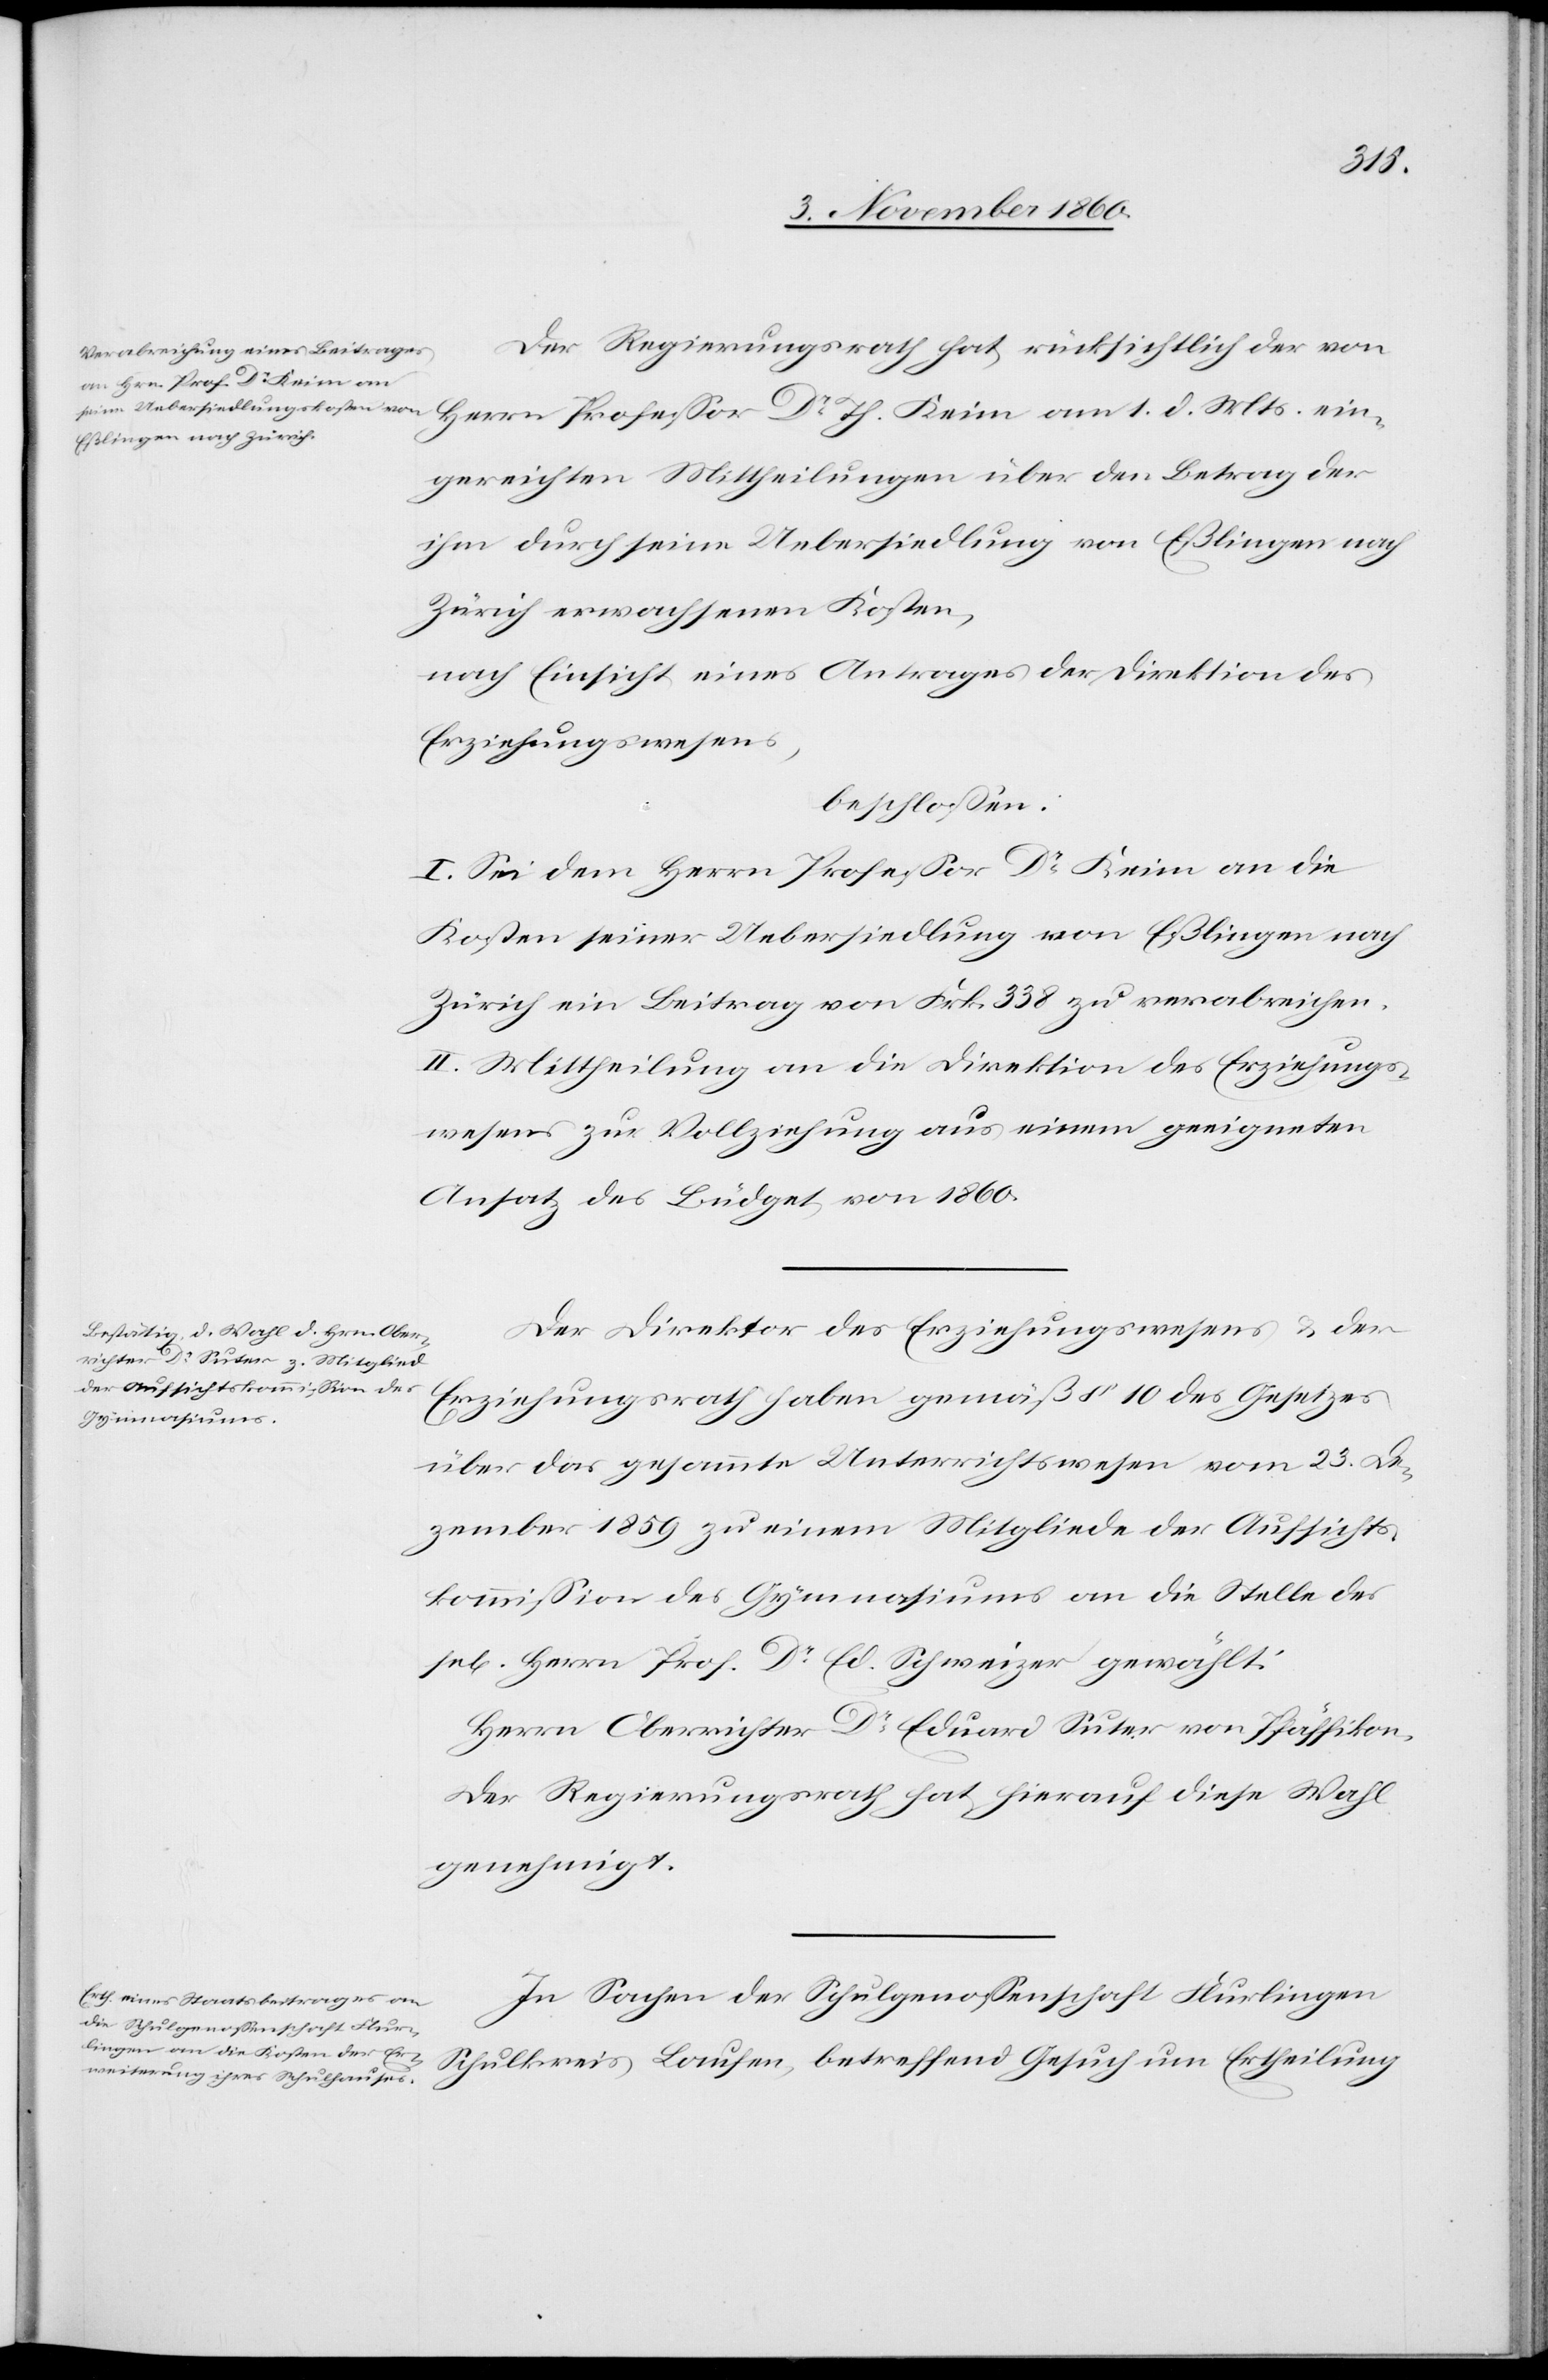
Der Regierungsrath hat, rücksichtlich der von
Herrn Professor Dr Th. Keim am 1. d. Mts. ein¬
gereichten Mittheilungen über den Betrag der
ihm durch seine Uebersiedlung von Eßlingen nach
Zürich erwachsenden Kosten,
nach Einsicht eines Antrages der Direktion des
Erziehungswesens,
beschlossen:
I. Sei dem Herrn Professor Dr Keim an die
Kosten seiner Uebersiedlung von Eßlingen nach
Zürich ein Beitrag von Frk. 338 zu verabreichen.
II. Mittheilung an die Direktion des Erziehungs¬
wesens zur Vollziehung aus einem geeigneten
Ansatz des Büdget von 1860.
Der Direktor des Erziehungswesens u. der
Erziehungsrath haben gemäß § 10 des Gesetzes
se[li¬
über das gesammte Unterrichtswesen vom 23. De¬
zember 1859 zu einem Mitgliede der Aufsichts¬
kommission des Gymnasiums an die Stelle des
gen] Herrn Prof. Dr Ed. Schweizer gewählt:
Herrn Oberrichter Dr Eduard Suter von Pfäffikon.
Der Regierungsrath hat hierauf diese Wahl
genehmigt.
In Sachen der Schulgenossenschaft Flurlingen
Schulkreis Laufen, betreffend Gesuch um Ertheilung